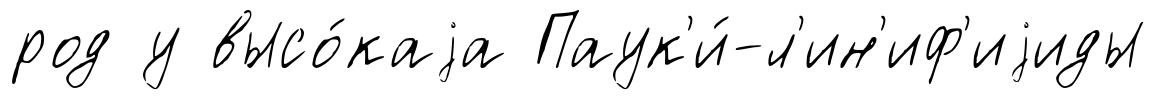
род у высо́каjа Паук'и́-л'ин'иф'иjиды